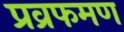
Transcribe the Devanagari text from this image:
प्रव्रफमण